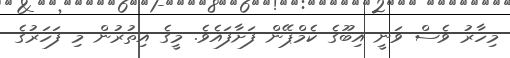
މިހާރު ވެސް ވަނީ އިބޫގެ ކެމްޕޭން ފަށާފައެވެ. މީގެ އިތުރުން މި ފަހަރުގެ